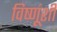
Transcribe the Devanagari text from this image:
विष्णूंशी